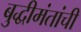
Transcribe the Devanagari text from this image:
बुद्धीमंतांची